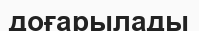
доғарылады